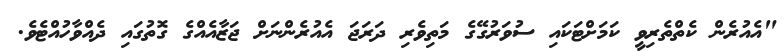
"އެއުރެން ކެތްތެރިވީ ކަމަށްޓަކައި ސުވަރުގޭގެ މަތިވެރި ދަރަޖަ އެއުރެންނަށް ޖަޒާއެއްގެ ގޮތުގައި ދެއްވާހުއްޓެވެ.